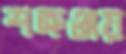
শত্রুঞ্জয়